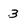
Character: 3